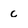
Character: c